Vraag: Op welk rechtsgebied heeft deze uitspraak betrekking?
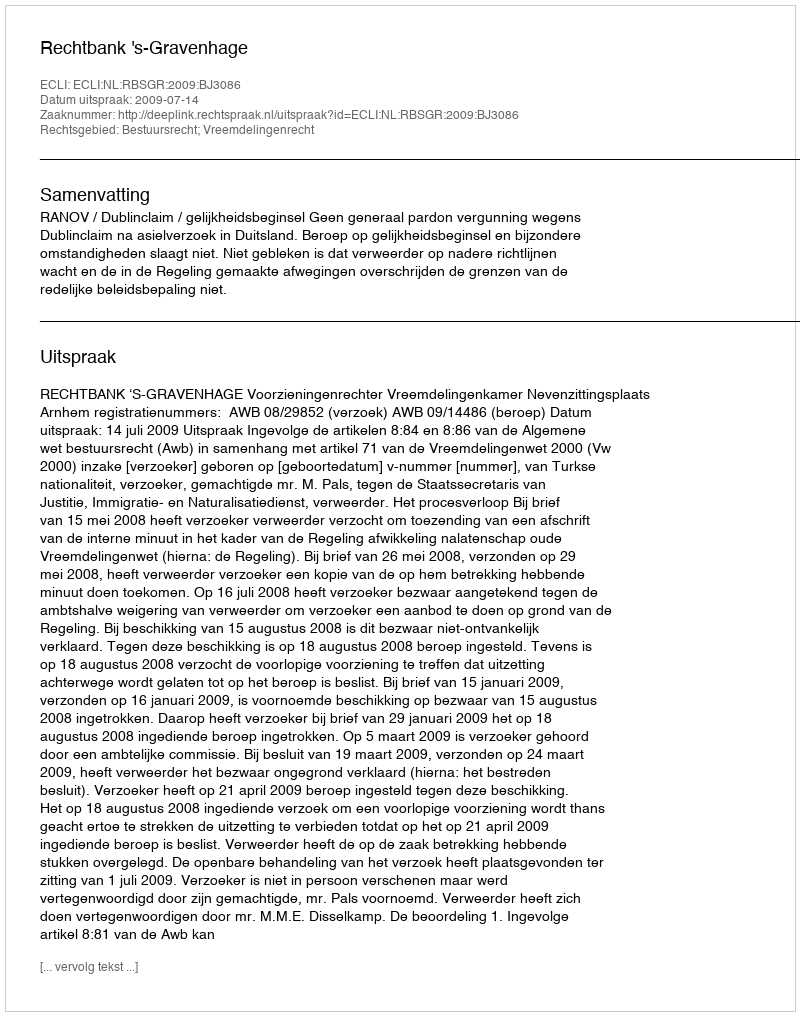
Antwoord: Bestuursrecht; Vreemdelingenrecht